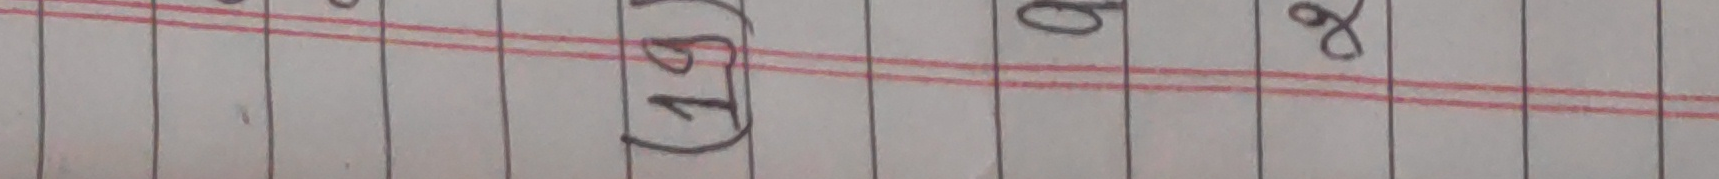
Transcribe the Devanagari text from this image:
छैन